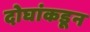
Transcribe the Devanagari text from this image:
दोघांकडून